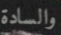
والسادة